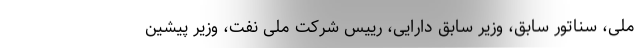
ملی، سناتور سابق، وزیر سابق دارایی، رییس شرکت ملی نفت، وزیر پیشین